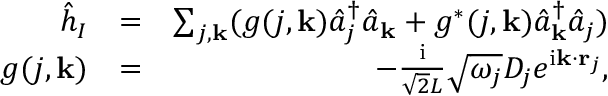
\begin{array} { r l r } { \hat { h } _ { I } } & { = } & { \sum _ { j , { \bf k } } ( g ( j , { \bf k } ) \hat { a } _ { j } ^ { \dagger } \hat { a } _ { { \bf k } } + g ^ { * } ( j , { \bf k } ) \hat { a } _ { { \bf k } } ^ { \dagger } \hat { a } _ { j } ) } \\ { g ( j , { \bf k } ) } & { = } & { - \frac { \mathrm { i } } { \sqrt { 2 } L } \sqrt { \omega _ { j } } D _ { j } e ^ { \mathrm { i } { \bf k } \cdot { \bf r } _ { j } } , } \end{array}